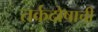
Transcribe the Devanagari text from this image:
तर्कदोषाची